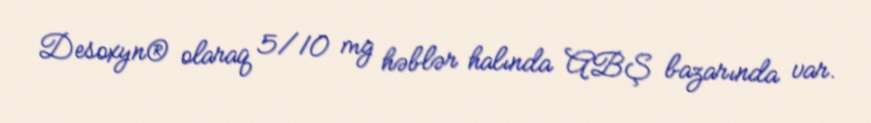
Desoxyn® olaraq 5/10 mg həblər halında ABŞ bazarında var.